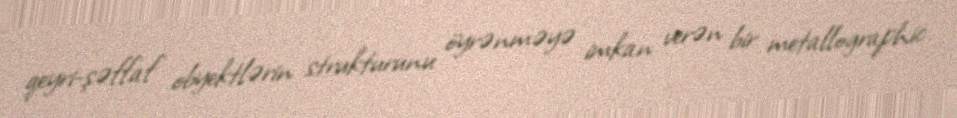
qeyri-şəffaf obyektlərin strukturunu öyrənməyə imkan verən bir metallographic